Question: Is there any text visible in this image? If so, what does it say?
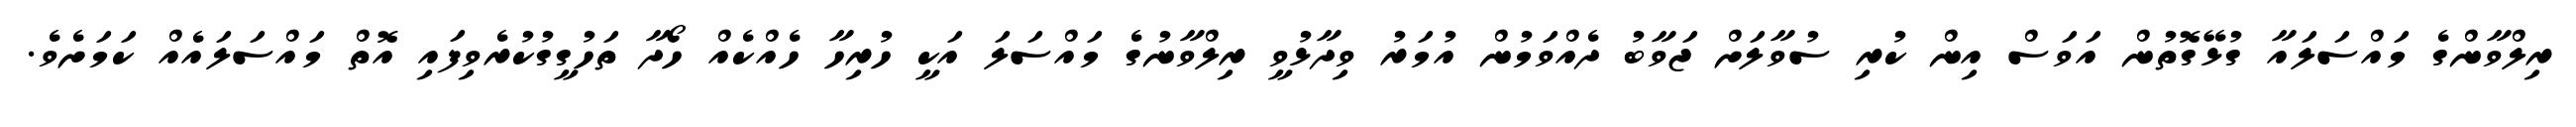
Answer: ރިލްވާންގެ މައްސަލައާ ގުޅޭގޮތުން އަވަސް އިން ކުރި ސުވާލަށް ޖަވާބު ދެއްވަމުން އުމަރު ވިދާޅުވީ ރިލްވާނުގެ މައްސަލަ އަކީ ހުރިހާ ހެއްކެއް ހޯދާ ތަހުގީގުކުރެވިފައި އޮތް މައްސަލައެއް ކަމަށެވެ.